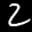
Label: 2